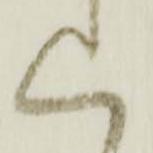
く